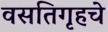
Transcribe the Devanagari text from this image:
वसतिगृहचे